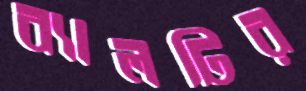
ব্যালটির